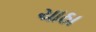
ચાઠા